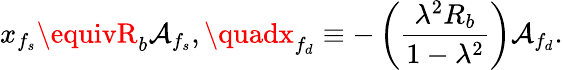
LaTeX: x_{f_{s}}\equivR_{b}\mathcal{A}_{f_{s}},\quadx_{f_{d}}\equiv-\left(\frac{{\lambda^{2}R_{b}}}{{1-\lambda^{2}}}\right)\mathcal{A}_{f_{d}}.